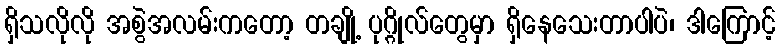
ရှိသလိုလို အစွဲအလမ်းကတော့ တချို့ ပုဂ္ဂိုလ်တွေမှာ ရှိနေသေးတာပါပဲ၊ ဒါကြောင့်